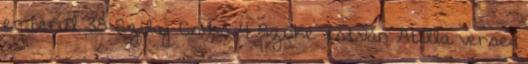
emberül 38 Szilaj Csikó 4 Szőke István Atilla versei